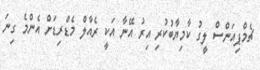
ޗެމްޕިއަންސް ލީގު ކާމިޔާބުކުރި އިރު އޭނާ އަކީ ރެއާލް މެޑްރިޑަށް އެންމެ ގިނަ